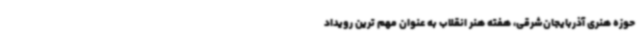
حوزه هنری آذربایجان‌شرقی، هفته هنر انقلاب به عنوان مهم ترین رویداد